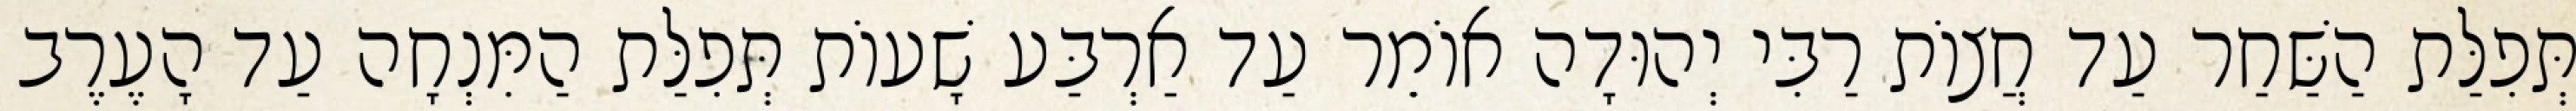
תְּפִלַּת הַשַּׁחַר עַד חֲצוֹת רַבִּי יְהוּדָה אוֹמֵר עַד אַרְבַּע שָׁעוֹת תְּפִלַּת הַמִּנְחָה עַד הָעֶרֶב